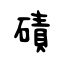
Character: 磧